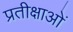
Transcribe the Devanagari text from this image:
प्रतीक्षाओं